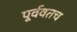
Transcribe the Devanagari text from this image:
पूर्ववतच